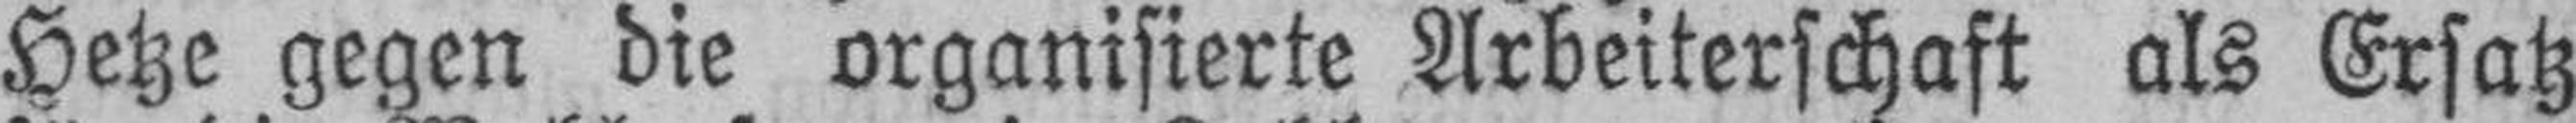
Hetze gegen die organisierte Arbeiterschaft als Ersatz